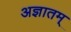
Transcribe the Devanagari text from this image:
अज्ञातम्‌